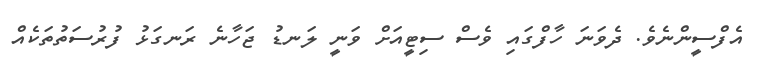
އެފްސީންނެވެ. ދެވަނަ ހާފްގައި ވެސް ސިޓީއަށް ވަނީ ލަނޑު ޖަހާނެ ރަނގަޅު ފުރުސަތުތަކެއް